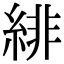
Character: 緋